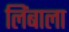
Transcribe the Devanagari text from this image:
लिंबाला